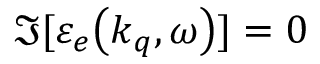
\Im [ \mathinner { \varepsilon _ { e } \mathopen { \left( k _ { q } , \omega \right) } } ] = 0